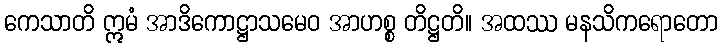
ကေသာတိ ဣမံ အာဒိကောဋ္ဌာသမေဝ အာဟစ္စ တိဋ္ဌတိ။ အထဿ မနသိကရောတော